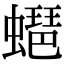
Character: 𧑡